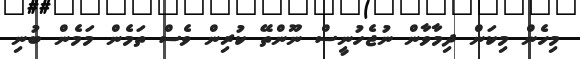
މިހެން މިކަން ދިމާވާން ނުޖެހުނީސް ނޫންތޭ ކުރިން ވެސް ތަމެން މަމެން ބުނި